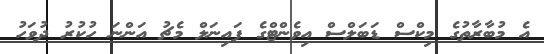
އެ މުބާރާތުގެ މިކްސް ޑަބަލްސް އިވެންޓްގެ ފައިނަލް މެޗު އަންނަ ހުކުރު ދުވަހު